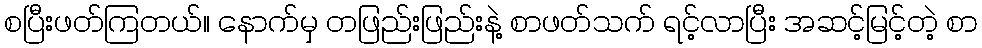
စပြီးဖတ်ကြတယ်။ နောက်မှ တဖြည်းဖြည်းနဲ့ စာဖတ်သက် ရင့်လာပြီး အဆင့်မြင့်တဲ့ စာ